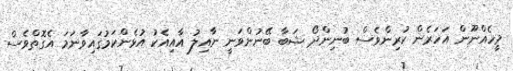
މީހެއްނޫން އަހަރެން ކުރިންވެސް ބުނިންދޯ ޝަބާ ބޭނުންވަނީ ނާއިލު އާއިއެކު އުޅެންކަމުގައިވާނަމަ އެގޮތްވެސް